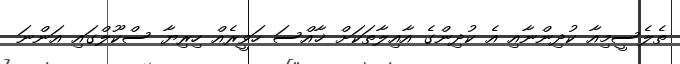
ތެލެސީމިއާ ކުދިންނާއި އެ ކުދިންގެ އާއިލާތަކަށް ޚާއްސަ ހަވީރެއް ހިރިޔާ ސްކޫލްގައި އަންނަ